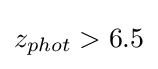
z_{phot}>6.5